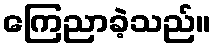
ကြေညာခဲ့သည်။